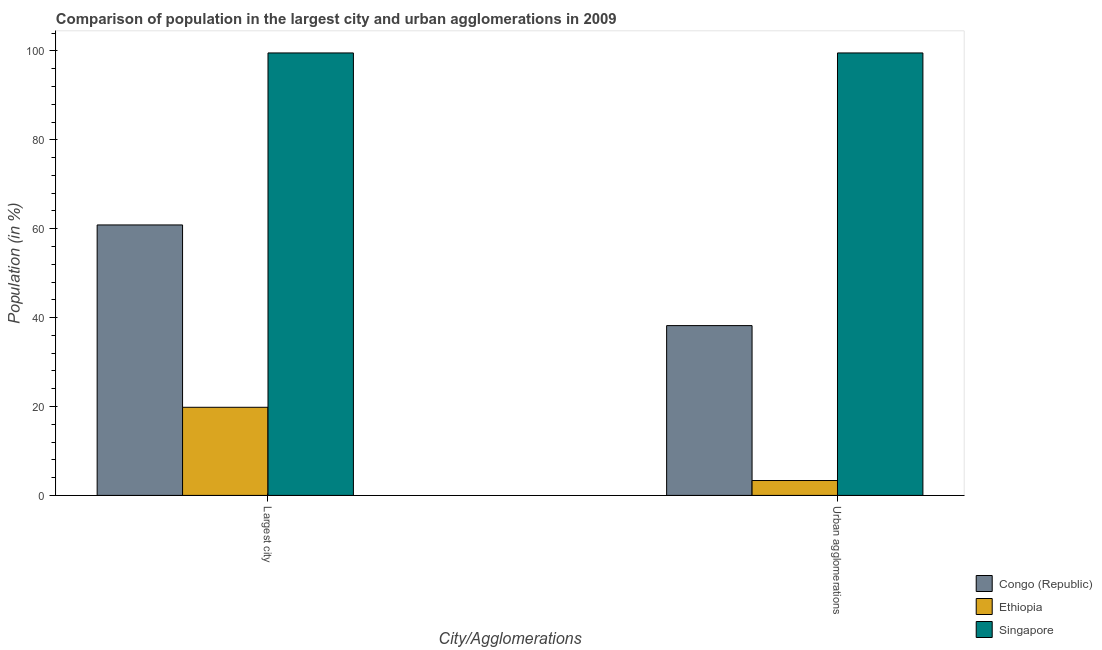
| City/Agglomerations | Congo (Republic) | Ethiopia | Singapore |
 | --- | --- | --- | --- |
 | Largest city | 60.8 | 19.8 | 99.5 |
 | Urban agglomerations | 38.2 | 3.35 | 99.5 |